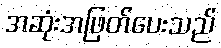
အဆုံးအဖြတ်ပေးသည်